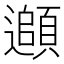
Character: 𩔦